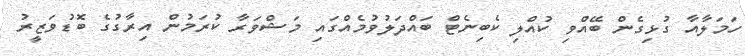
ހަމަލާއާ ގުޅިގެން ބޭއްވި ކުއްލި ކެބިނެޓް ބަައްދަލުވުމެއްގައި މަޝްވަރާ ކުރަމުން އިރާގުގެ ބޮޑުވަޒީރު